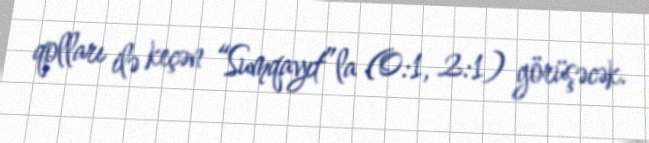
qolları ilə keçən “Sumqayıt”la (0:1, 2:1) görüşəcək.